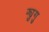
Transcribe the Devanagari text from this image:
फ्युगु